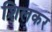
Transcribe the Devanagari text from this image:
शिलकर